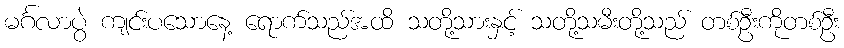
မင်္ဂလာပွဲ ကျင်းပသောနေ့ ရောက်သည်အထိ သတို့သားနှင့် သတို့သမီးတို့သည် တစ်ဦးကိုတစ်ဦး